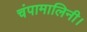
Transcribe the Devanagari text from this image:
चंपामालिनी।